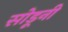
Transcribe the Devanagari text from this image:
सोडूनी